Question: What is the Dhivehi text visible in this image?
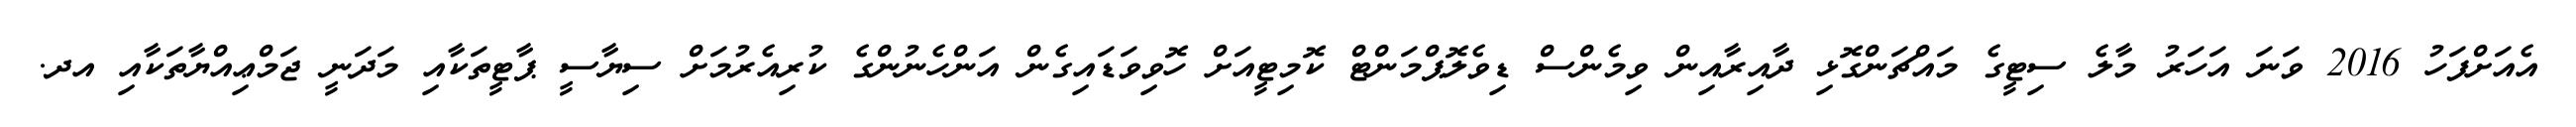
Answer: އެއަށްފަހު 2016 ވަނަ އަހަރު މާލެ ސިޓީގެ މައްޗަންގޮޅި ދާއިރާއިން ވިމެންސް ޑިވެލޮޕްމަންޓް ކޮމިޓީއަށް ހޮވިވަޑައިގެން އަންހެނުންގެ ކުރިއެރުމަށް ސިޔާސީ ޕާޓީތަކާއި މަދަނީ ޖަމްޢިއްޔާތަކާއި އދ.